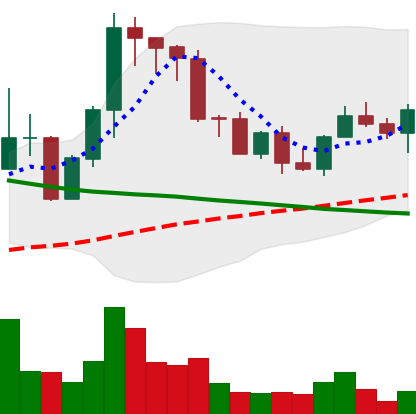
Ticker: EOS-USD
Chart end date: 2022-09-05
Forward return: 11.75%
Label: up_7plus